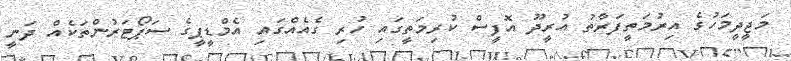
މަޖީދީމަހުގެ އިރުމަތީފަރާތު އުރީދޫ އޮފީސް ކުރިމަތީގައި ހުރި ގެއެއްގައި އެމްޑީޕީގެ ސަޕޯޓަރުންތަކެއް ދަނީ